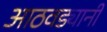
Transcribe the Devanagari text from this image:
आठवड्यानी